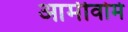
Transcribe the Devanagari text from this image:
आर्मीवोर्म